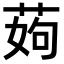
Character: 𦰰